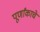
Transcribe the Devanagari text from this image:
पूर्णांकाचे